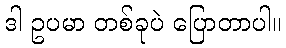
ဒါ ဥပမာ တစ်ခုပဲ ပြောတာပါ။